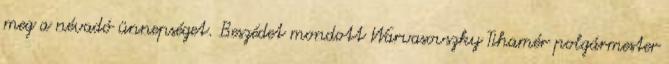
meg a névadó ünnepséget. Beszédet mondott Warvasovszky Tihamér polgármester